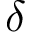
\delta